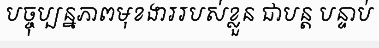
បច្ចុប្បន្នភាពមុខងាររបស់ខ្លួន ជាបន្ត បន្ទាប់